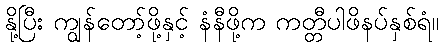
နို့ပြီး ကျွန်တော့်ဖို့နှင့် နံနီဖို့က ကတ္တီပါဖိနပ်နှစ်ရံ။